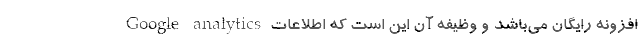
Google analytics افزونه‌‌ رایگان می‌باشد و وظیفه آن این است که اطلاعات